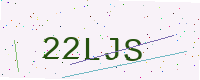
Text: 22LJS